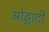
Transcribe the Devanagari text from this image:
ओड्डादी